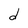
Character: d